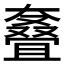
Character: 𰋳